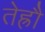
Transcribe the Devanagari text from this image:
तेह्रौं